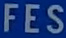
FES